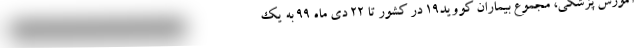
آموزش پزشکی، مجموع بیماران کووید۱۹ در کشور تا ۲۲ دی ماه ۹۹ به یک